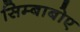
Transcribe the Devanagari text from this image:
सिम्बाबोए